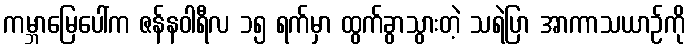
ကမ္ဘာမြေပေါ်က ဇန်နဝါရီလ ၁၅ ရက်မှာ ထွက်ခွာသွားတဲ့ သရဲပြာ အာကာသယာဉ်ကို